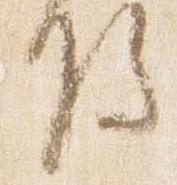
将